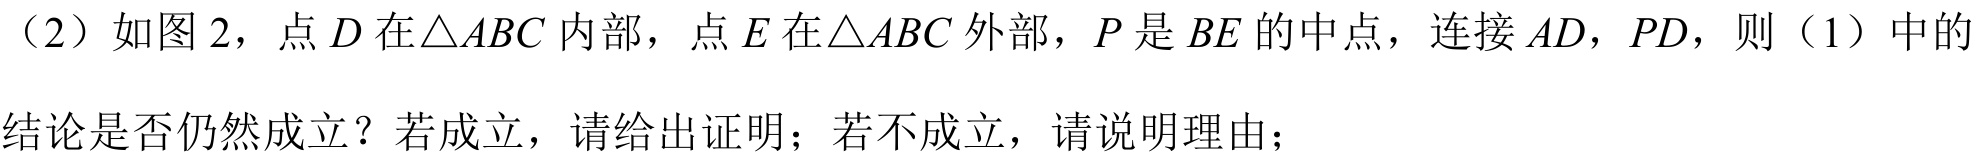
（2）如图 2，点 \(D\) 在\(\triangle ABC\)内部，点 \(E\) 在\(\triangle ABC\)外部，\(P\) 是 \(BE\) 的中点，连接 \(AD\)，\(PD\)，则（1）中的
结论是否仍然成立？若成立，请给出证明；若不成立，请说明理由；